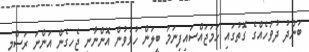
ބަންދު ދުވަހެއްގެ ގޮތުގައި ހަމަޖައްސައިފިނަމަ ބީލަން ހުޅުވުން އޮންނާނީ ޖެހިގެން އަންނަ ރަސްމީ